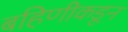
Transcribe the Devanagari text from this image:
बहिणीकडून